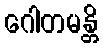
ဂေါတမန္တိ